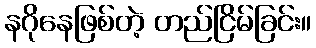
နဂိုနေဖြစ်တဲ့ တည်ငြိမ်ခြင်း။